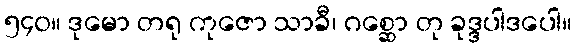
၅၄၀။ ဒုမော တရု ကုဇော သာခီ၊ ဂစ္ဆော တု ခုဒ္ဒပါဒပေါ။